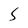
Character: S